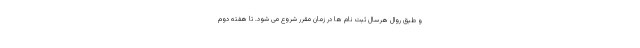
و طبق روال هرسال ثبت نام ها در زمان مقرر شروع می شود. تا هفته دوم